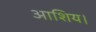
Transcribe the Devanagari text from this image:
आशिय।